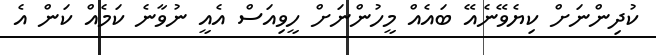
ކުދިންނަށް ކިޔެވޭނެއޭ ބައެއް މީހުންނަށް ހީވިއަސް އެއީ ނުވާނެ ކަމެއް ކަން އެ